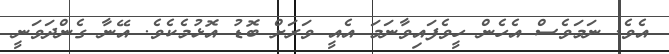
އެވެ. ނަމަވެސް އެހެން ހީވެފައިވާނަމަ އެއީ ވަރަށް ބޮޑު އޮޅުމެކެވެ. އޭނާ ގެންދަވަނީ